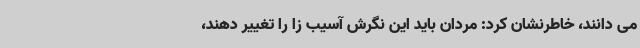
می دانند، خاطرنشان کرد: مردان باید این نگرش آسیب زا را تغییر دهند،